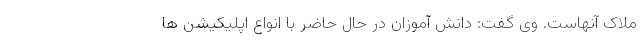
ملاک آنهاست. وی گفت: دانش آموزان در حال حاضر با انواع اپلیکیشن ها